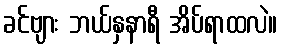
ခင်ဗျား ဘယ်နှနာရီ အိပ်ရာထလဲ။